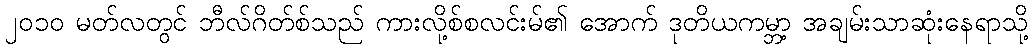
၂၀၁၀ မတ်လတွင် ဘီလ်ဂိတ်စ်သည် ကားလို့စ်စလင်းမ်၏ အောက် ဒုတိယကမ္ဘာ့ အချမ်းသာဆုံးနေရာသို့